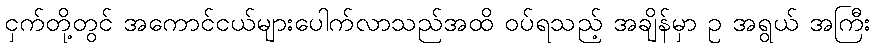
ငှက်တို့တွင် အကောင်ငယ်များပေါက်လာသည်အထိ ဝပ်ရသည့် အချိန်မှာ ဥ အရွယ် အကြီး